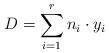
LaTeX: \begin{align*}D = \sum_{i = 1}^r n_i \cdot y_i \end{align*}